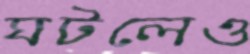
ঘটলেও